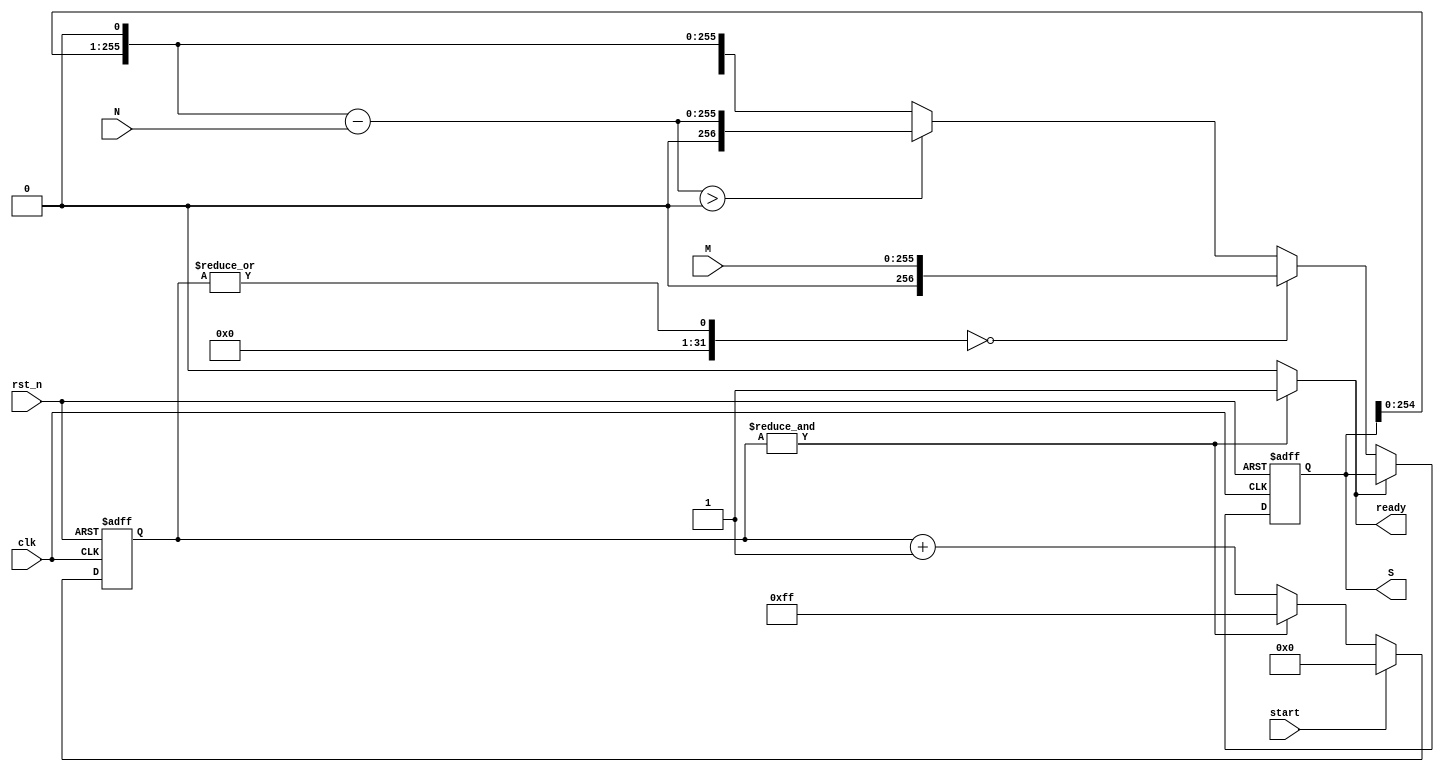
module pre_processing(M, N, clk, rst_n, start, S, ready);
// inputs //
input [255:0] M;
input [255:0] N;
input clk;
input rst_n; 
input start;
// outputs //
output [256:0] S;
output ready;

// wires //
wire  [255:0] D;//check if S<<1 > N

reg   [256:0] next_S;
wire  [7:0]   next_i;

// flip flops //
reg   [256:0] S;
wire  ready;
reg   [7:0]   i;

//==========combinational circuit===========//
assign D = (S<<1)-N;
assign next_i = (start == 1)? 0: (&i == 1)? 8'd255 : i+1; //wait for BOB
assign ready = (&i == 1)? 1: 0;

always@(*) begin
	if(ready == 1) next_S = S;
	else if(|i == 0) next_S = M;
	else if(D>0) next_S = D; // better method for D>0?????!!!!!
	else next_S = S<<1;
end

//==========sequential circuit===========//
always@(posedge clk or negedge rst_n) begin
	if(rst_n == 0) begin
		S <= 0;
		i <= 0;
	end
	else begin
		S <= next_S;
		i <= next_i;
	end
end

endmodule